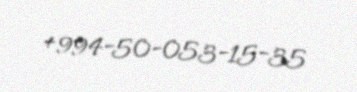
+994-50-053-15-35